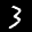
Label: 3